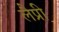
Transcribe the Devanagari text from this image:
लैप्री